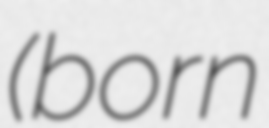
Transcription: (born